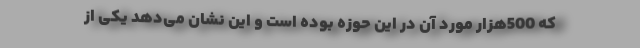
که 500هزار مورد آن در این حوزه بوده است و این نشان می‌دهد یکی از